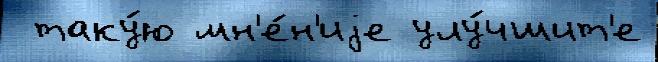
 таку́ю мн'е́н'иjе улу́чшит'е